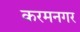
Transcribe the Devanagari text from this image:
करमनगर